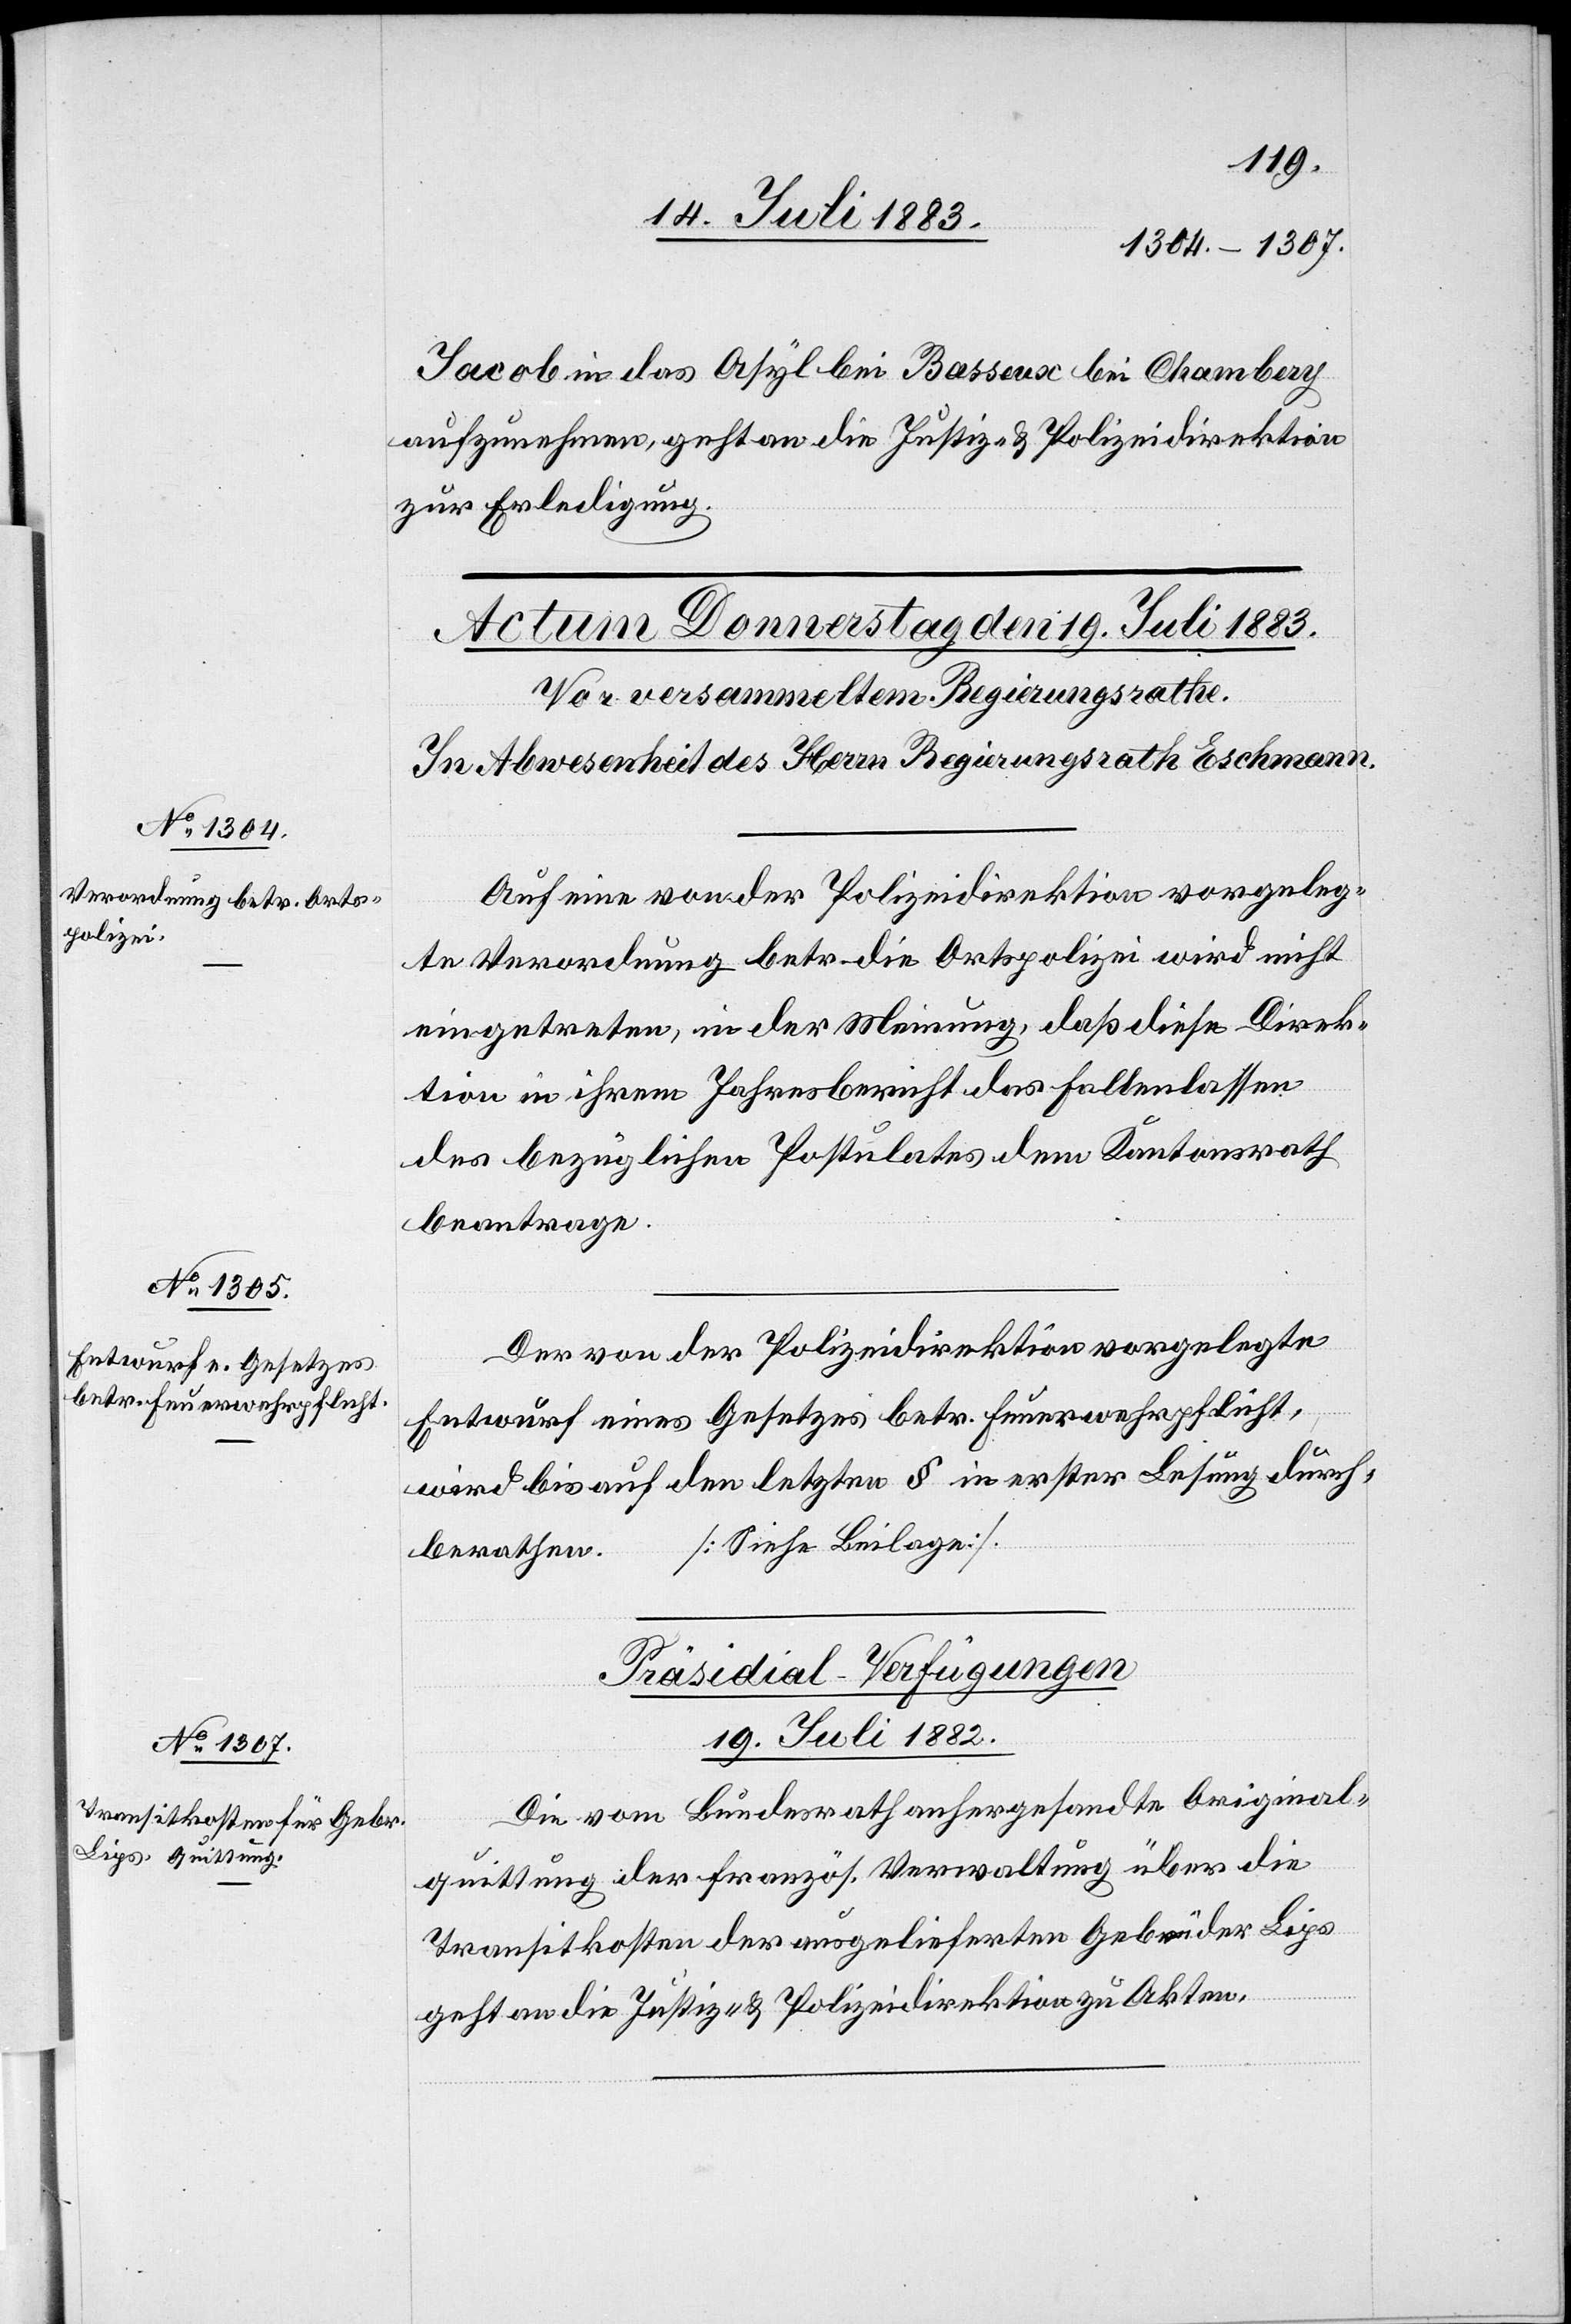
Jacob in das Asyl bei Basseux bei Chambery
aufzunehmen, geht an die Justiz- & Polizeidirektion
zur Erledigung.
Auf eine von der Polizeidirektion vorgeleg¬
te Verordnung betr. die Ortspolizei wird nicht
eingetreten, in der Meinung, daß diese Direk¬
tion in ihrem Jahresbericht das Fallenlassen
des bezüglichen Postulates dem Kantonsrath
beantrage.
Der von der Polizeidirektion vorgelegte
Entwurf eines Gesetzes betr. Feuerwehrpflicht,
wird bis auf den letzten § in erster Lesung durch¬
[Siehe Beilage].
berathen.
Präsidial-Verfügungen
19. Juli 1882.
Die vom Bundesrath anhergesandte Original¬
quittung der französ. Verwaltung über die
Transitkosten der ausgelieferten Gebrüder Lips
geht an die Justiz- & Polizeidirektion zu Akten.